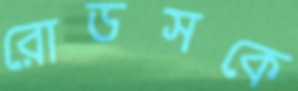
রোডসকে